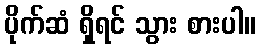
ပိုက်ဆံ ရှိရင် သွား စားပါ။